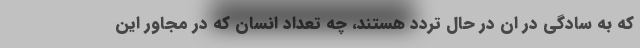
که به سادگی در ان در حال تردد هستند، چه تعداد انسان که در مجاور این